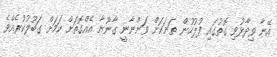
އޭނާ ވިދާޅުވި ގޮތުގައި ފުލުހުން ތަނަކަށް ވަންނާނީ ގާނޫނާ އެއްގޮތަށް ކަމަށް ގަބޫލުކުރެއްވެ